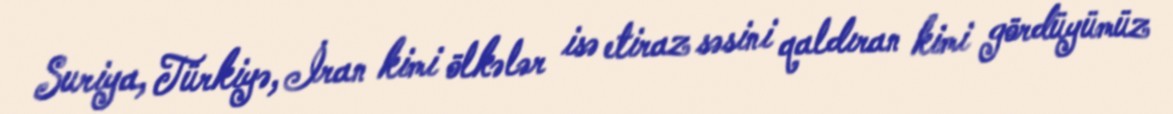
Suriya, Türkiyə, İran kimi ölkələr isə etiraz səsini qaldıran kimi gördüyümüz